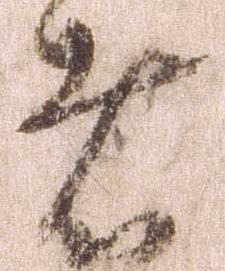
者